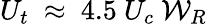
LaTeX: {U_{t}}~\approx~4.5~U_{c}~{\mathcal{W}}_{R}